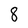
Character: 8